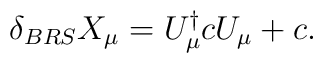
\delta_{BRS}X_\mu=U_\mu^\dagger c U_\mu+c.